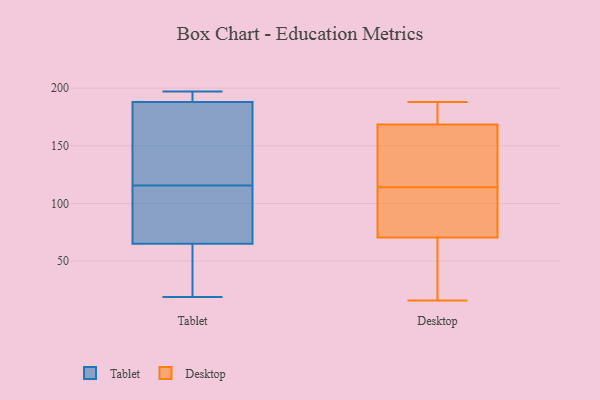
{"axis": {"x": "Operating Costs (USD K)", "y": "Value"}, "legend": ["Desktop", "Tablet"], "data": [{"x": "", "y": 26, "type": "Tablet"}, {"x": "", "y": 100, "type": "Tablet"}, {"x": "", "y": 103, "type": "Tablet"}, {"x": "", "y": 188, "type": "Tablet"}, {"x": "", "y": 136, "type": "Tablet"}, {"x": "", "y": 65, "type": "Tablet"}, {"x": "", "y": 189, "type": "Tablet"}, {"x": "", "y": 93, "type": "Tablet"}, {"x": "", "y": 193, "type": "Tablet"}, {"x": "", "y": 189, "type": "Tablet"}, {"x": "", "y": 131, "type": "Tablet"}, {"x": "", "y": 174, "type": "Tablet"}, {"x": "", "y": 26, "type": "Tablet"}, {"x": "", "y": 19, "type": "Tablet"}, {"x": "", "y": 128, "type": "Tablet"}, {"x": "", "y": 38, "type": "Tablet"}, {"x": "", "y": 89, "type": "Tablet"}, {"x": "", "y": 197, "type": "Tablet"}, {"x": "", "y": 126, "type": "Desktop"}, {"x": "", "y": 174, "type": "Desktop"}, {"x": "", "y": 188, "type": "Desktop"}, {"x": "", "y": 116, "type": "Desktop"}, {"x": "", "y": 188, "type": "Desktop"}, {"x": "", "y": 105, "type": "Desktop"}, {"x": "", "y": 184, "type": "Desktop"}, {"x": "", "y": 163, "type": "Desktop"}, {"x": "", "y": 45, "type": "Desktop"}, {"x": "", "y": 16, "type": "Desktop"}, {"x": "", "y": 113, "type": "Desktop"}, {"x": "", "y": 113, "type": "Desktop"}, {"x": "", "y": 181, "type": "Desktop"}, {"x": "", "y": 99, "type": "Desktop"}, {"x": "", "y": 135, "type": "Desktop"}, {"x": "", "y": 115, "type": "Desktop"}, {"x": "", "y": 44, "type": "Desktop"}, {"x": "", "y": 96, "type": "Desktop"}, {"x": "", "y": 19, "type": "Desktop"}, {"x": "", "y": 17, "type": "Desktop"}]}